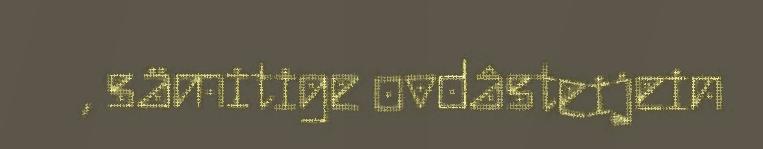
, sämitige ovdâsteijein